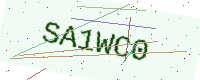
Text: SA1WC0